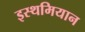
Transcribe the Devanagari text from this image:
इस्थमियान